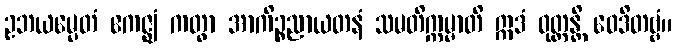
ဥဘယမ္ပေတံ ဧကဇ္ဈံ ကတွာ အာကိဉ္စညာယတနံ သမတိက္ကမ္မာတိ ဣဒံ ဝုတ္တန္တိ ဝေဒိတဗ္ဗံ။